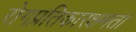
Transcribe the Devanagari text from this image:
रोगप्रतिकारक्षमता